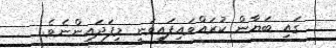
ގައި ބަޔާން ކުރައްވައިފައިވަނީ މިފަދައިންނެވެ.